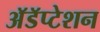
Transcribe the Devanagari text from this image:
अॅडॅप्टेशन